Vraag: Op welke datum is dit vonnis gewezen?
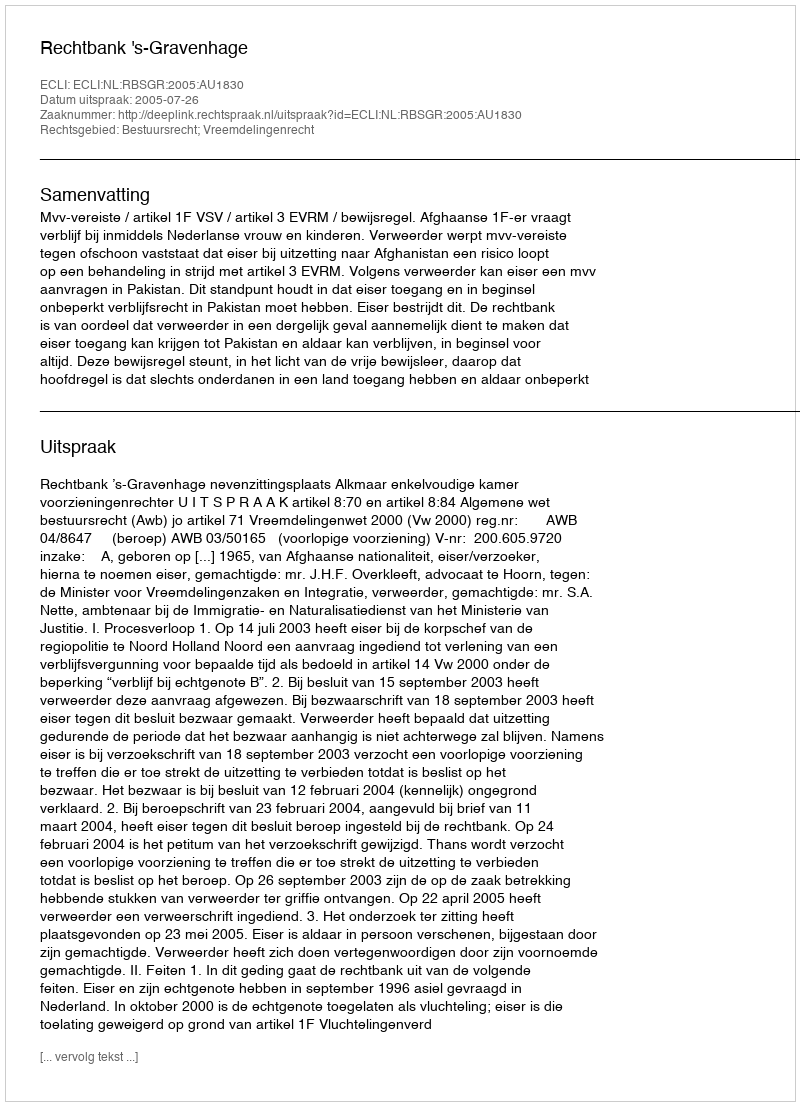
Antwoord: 2005-07-26